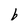
Character: b